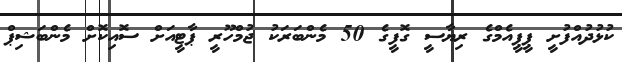
ކުޅުދުއްފުށީ ޕީޕީއެމްގެ ރިޔާސީ ގޮފީގެ 50 މެންބަރަކު ޖުމްހޫރީ ޕާޓީއަށް ސޮއިކޮށް މެންބަޝިޕް